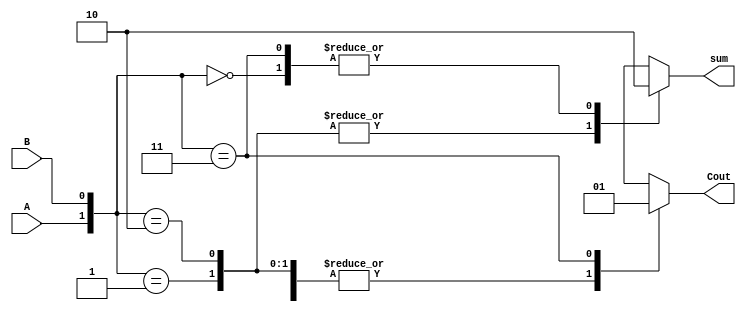
module HALFADD (A, B, Cout, sum);
	input A, B;
	output Cout, sum;
	reg Cout, sum;
	reg [0:1] AB = {A, B};
	
	always @(A or B)
		case (AB)
			2'b00: begin Cout = 0; sum = 0; end
			2'b01: begin Cout = 0; sum = 1; end
			2'b10: begin Cout = 0; sum = 1; end
			2'b11: begin Cout = 1; sum = 0; end
			default: begin Cout = 1'bX; sum = 1'bX; end
		endcase
endmodule